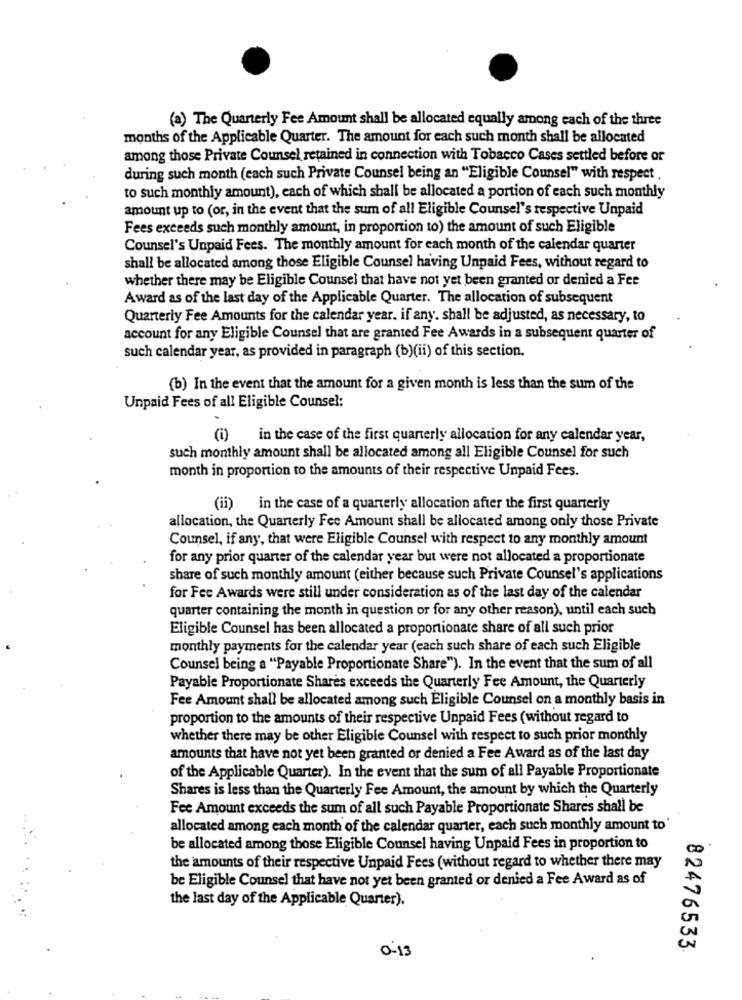
(a) The Quarterly Fee Amount shall be allocated equally among each of the three
months of the Applicable Quarter. The amount for each such month shall be allocated
among those Private Counsel retained in connection with Tobacco Cases settled before or
during such month (each such Private Counsel being an "Eligible Counsel" with respect
to such monthly amount), each of which shall be allocated a portion of each such monthly
amount up to (or, in the event that the sum of all Eligible Counsel's respective Unpaid
Fees exceeds such monthly amount, in proportion to) the amount of such Eligible
Counsel's Unpaid Fees. The monthly amount for each month of the calendar quarter
shall be allocated among those Eligible Counsel having Unpaid Fees, without regard to
whether there may be Eligible Counsel that have not yet been granted or denied a Fee
Award as of the last day of the Applicable Quarter. The allocation of subsequent
Quarterly Fee Amounts for the calendar year. if any. shall be adjusted, as necessary, to
account for any Eligible Counsel that are granted Fee Awards in a subsequent quarter of
such calendar year, as provided in paragraph (b)(ii) of this section.
(b) In the event that the amount for a given month is less than the sum of the
Unpaid Fees of all Eligible Counsel:
in the case of the first quarterly allocation for any calendar year,
such monthly amount shall be allocated among all Eligible Counsel for such
month in proportion to the amounts of their respective Unpaid Fees.
(ii) in the case of a quarterly allocation after the first quarterly
allocation, the Quarterly Fee Amount shall be allocated among only those Private
Counsel, if any, that were Eligible Counsel with respect to any monthly amount
for any prior quarter of the calendar year but were not allocated a proportionate
share of such monthly amount (either because such Private Counsel's applications
for Fee Awards were still under consideration as of the last day of the calendar
quarter containing the month in question or for any other reason), until each such
Eligible Counsel has been allocated a proportionate share of all such prior
monthly payments for the calendar year (each such share of each such Eligible
Counsel being a "Payable Proportionate Share"). In the event that the sum of all
Payable Proportionate Shares exceeds the Quarterly Fee Amount, the Quarterly
Fee Amount shall be allocated among such Eligible Counsel on a monthly basis in
proportion to the amounts of their respective Unpaid Fees (without regard to
whether there may be other Eligible Counsel with respect to such prior monthly
amounts that have not yet been granted or denied a Fee Award as of the last day
of the Applicable Quarter). In the event that the sum of all Payable Proportionate
Shares is less than the Quarterly Fee Amount, the amount by which the Quarterly
Fee Amount exceeds the sum of all such Payable Proportionate Shares shall be
...
allocated among each month of the calendar quarter, each such monthly amount to'
be allocated among those Eligible Counsel having Unpaid Fees in proportion to
the amounts of their respective Unpaid Fees (without regard to whether there may
be Eligible Counsel that have not yet been granted or denied a Fee Award as of
the last day of the Applicable Quarter).
0-13
82476533